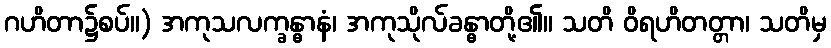
ဂဟိတာ၌စပ်။) အကုသလက္ခန္ဓာနံ၊ အကုသိုလ်ခန္ဓာတို့၏။ သတိ ဝိရဟိတတ္တာ၊ သတိမှ